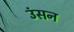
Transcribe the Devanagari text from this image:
उंसन